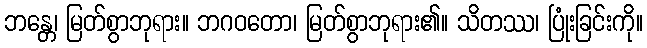
ဘန္တေ၊ မြတ်စွာဘုရား။ ဘဂဝတော၊ မြတ်စွာဘုရား၏။ သိတဿ၊ ပြုံးခြင်းကို။